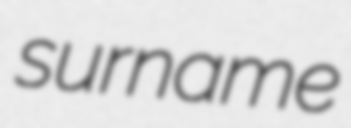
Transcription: surname